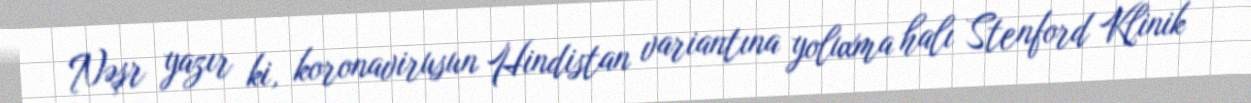
Nəşr yazır ki, koronavirusun Hindistan variantına yoluxma halı Stenford Klinik